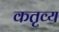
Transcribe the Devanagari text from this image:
कतृव्य